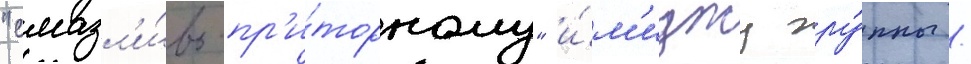
"смазл'и́во-пр'и́торному" и́м'иджу гру́ппы /